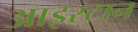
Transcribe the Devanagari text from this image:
आइस्टान